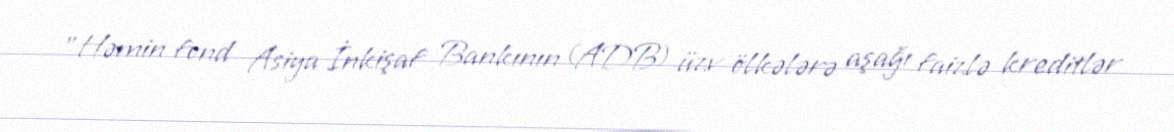
"Həmin fond Asiya İnkişaf Bankının (ADB) üzv ölkələrə aşağı faizlə kreditlər